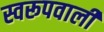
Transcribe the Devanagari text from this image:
स्वरूपवाली